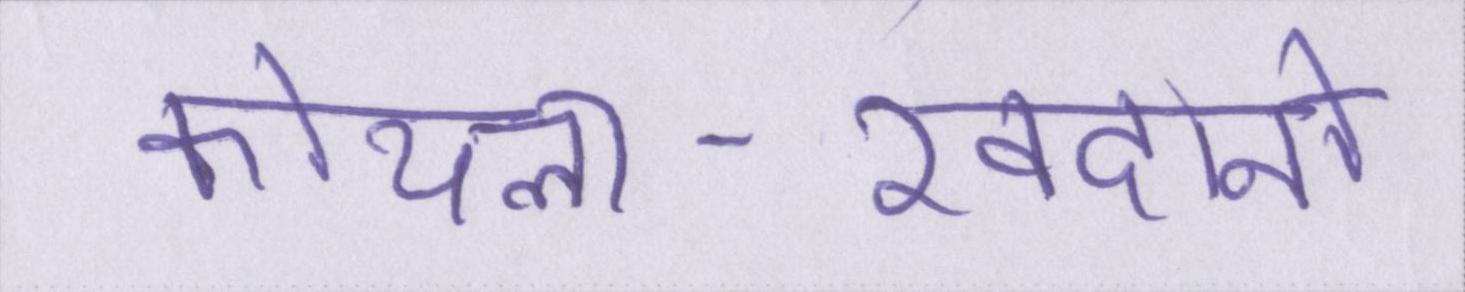
कोयला-खदानों